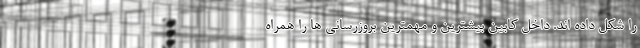
را شکل داده اند. داخل کابین بیشترین و مهمترین بروزرسانی ها را همراه